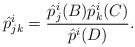
LaTeX: \begin{align*}\hat{p}^i_{jk} = \frac{\hat{p}^i_j(B) \hat{p}^i_k(C)}{\hat{p}^i(D)}.\end{align*}